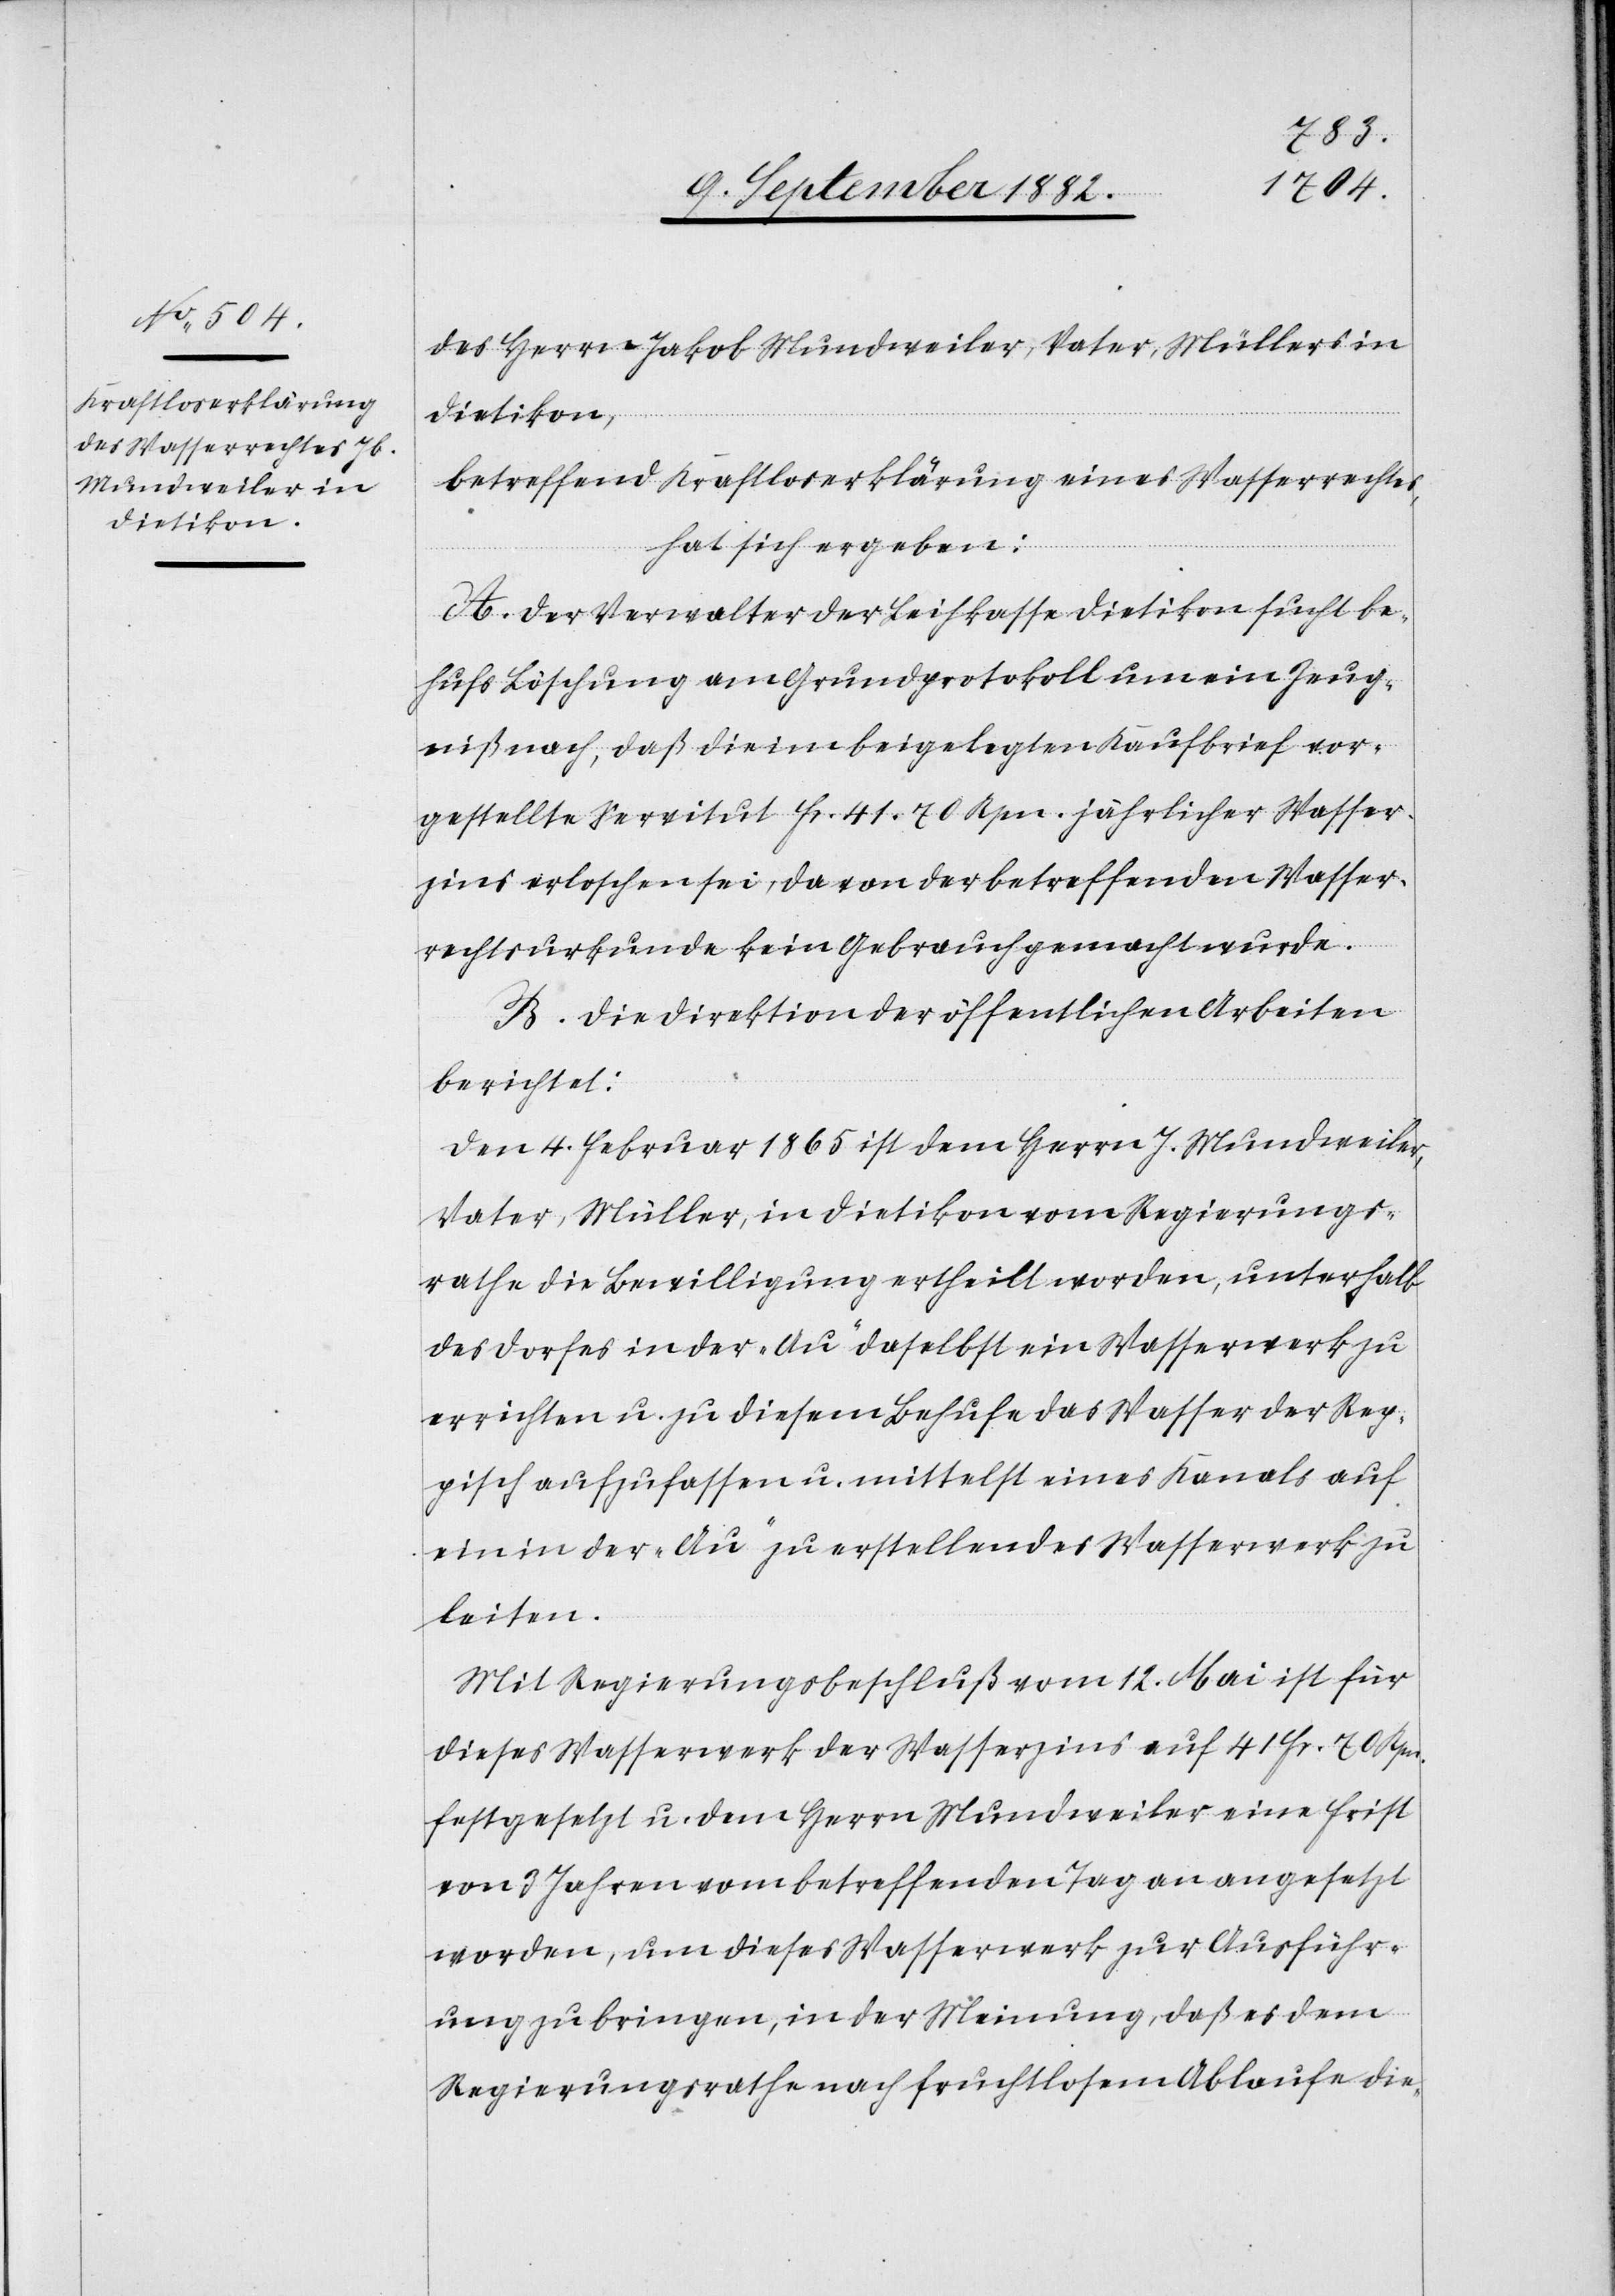
des Herrn Jakob Mundweiler, Vater, Müllers in
Dietikon,
betreffend Kraftloserklärung eines Wasserrechtes,
hat sich ergeben:
A. Der Verwalter der Leihkasse Dietikon sucht be¬
hufs Löschung am Grundprotokoll um ein Zeug¬
niß nach, daß die im beigelegten Kaufbrief vor¬
gestellte Servitut Fr. 41. 70 Rpn. jährlicher Wasser¬
zins erloschen sei, da von der betreffenden Wasser¬
rechtsurkunde kein Gebrauch gemacht wurde.
B. Die Direktion der öffentlichen Arbeiten
berichtet:
Den 4. Februar 1865 ist dem Herrn J. Mundweiler,
Vater, Müller, in Dietikon vom Regierungs¬
rathe die Bewilligung ertheilt worden, unterhalb
des Dorfes in der „Au“ daselbst ein Wasserwerk zu
errichten u. zu diesem Behufe das Wasser der Rep¬
pisch aufzufassen u. mittelst eines Kanals auf
ein in der „Au“ zu erstellendes Wasserwerk zu
leiten.
Mit Regierungsbeschluß vom 12. Mai ist für
dieses Wasserwerk der Wasserzins auf 41 Fr. 70 Rpn.
festgesetzt u. dem Herrn Mundweiler eine Frist
von 3 Jahren vom betreffenden Tag an angesetzt
worden, um dieses Wasserwerk zur Ausführ¬
ung zu bringen, in der Meinung, daß es dem
Regierungsrathe nach fruchtlosem Ablaufe die-